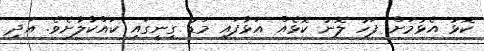
ކޮޅު އެޅުމަށް ފަހު ލޮނު ކޮޅެއް އަޅާފައި މަޑު ގިނީގައި ކައްކާލާށެވެ. އަދި